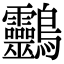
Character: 䴒